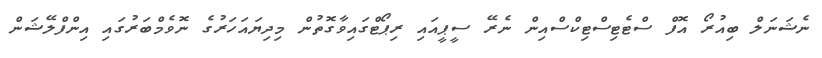
ނެޝަނަލް ބިއުރޯ އޮފް ސްޓެޓިސްޓިކްސްއިން ނެރޭ ސީޕީއައި ރިޕޯޓްގައިވާގޮތުން މިދިޔައަހަރުގެ ނޮވެމްބަރުގައި އިންފްލޭޝަން